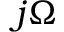
j \Omega